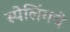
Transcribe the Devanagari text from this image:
स्पेलिंगचे